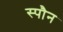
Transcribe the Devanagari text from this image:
स्पौन